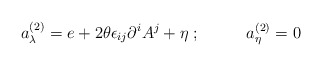
\begin{align*}a_\lambda^{(2)} = e + 2\theta\epsilon_{ij}\partial^i A^j + \eta\;;\;\;\;\;\;\;\;\;\;\;a_\eta^{(2)} = 0\end{align*}